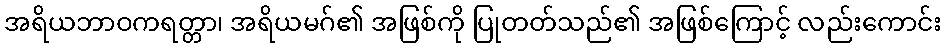
အရိယဘာဝကရတ္တာ၊ အရိယမဂ်၏ အဖြစ်ကို ပြုတတ်သည်၏ အဖြစ်ကြောင့် လည်းကောင်း